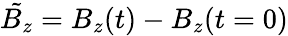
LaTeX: \tilde{B_{z}}=B_{z}(t)-B_{z}(t=0)